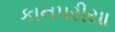
કાનપરીયા